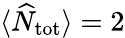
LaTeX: \langle\widehat{N}_{\textnormal{tot}}\rangle=2